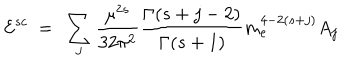
{ \cal E } ^ { s c } \ = \ \sum _ { j } \frac { \mu ^ { 2 s } } { 3 2 \pi ^ { 2 } } \frac { \Gamma ( s + j - 2 ) } { \Gamma ( s + 1 ) } m _ { e } ^ { 4 - 2 ( s + j ) } A _ { j }